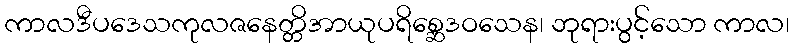
ကာလဒီပဒေသကုလဇနေတ္တိအာယုပရိစ္ဆေဒဝသေန၊ ဘုရားပွင့်သော ကာလ၊